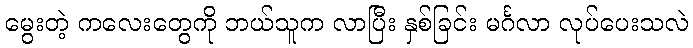
မွေးတဲ့ ကလေးတွေကို ဘယ်သူက လာပြီး နှစ်ခြင်း မင်္ဂလာ လုပ်ပေးသလဲ